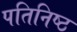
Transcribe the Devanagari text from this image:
पतिनिष्ठ